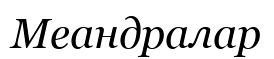
Меандралар